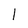
Character: l